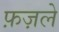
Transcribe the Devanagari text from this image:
फ़ज़ले